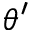
\theta ^ { \prime }